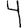
Digit: 4